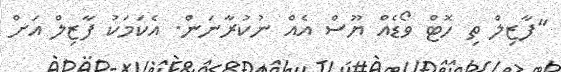
"ފާޒިލް ތި ހޮޓް ވޯޑެއް ޔޫސް އެއް ނުކުރާނަން. އެކަމަކު ފާޒިލް އަށް